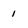
Character: 1